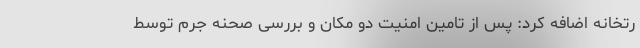
رتخانه اضافه کرد: پس از تامین امنیت دو مکان و بررسی صحنه جرم توسط